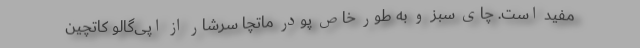
مفید است. چای سبز و به طور خاص پودر ماتچا سرشار از اپی‌گالو کاتچین